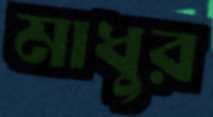
মাধুর